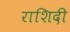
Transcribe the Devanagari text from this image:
राशिदी